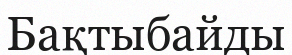
Бақтыбайды